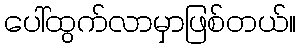
ပေါ်ထွက်လာမှာဖြစ်တယ်။